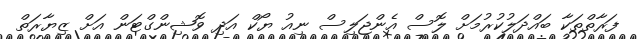
ފަރާތްތަކާ ބައްދަލުކުރުމަށް ލޮސް އެންޖަލިސް ނިއު ޔޯކް އަދި ވޮޝިންގްޓަން އަށް ޒިޔާރަތް